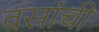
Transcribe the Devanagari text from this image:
वस्रांचीं